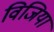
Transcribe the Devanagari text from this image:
विजिया